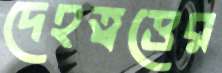
দেহত্বত্তের